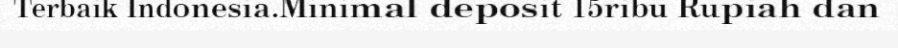
Terbaik Indonesia.Minimal deposit 15ribu Rupiah dan